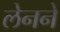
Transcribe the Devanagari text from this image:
लेनने